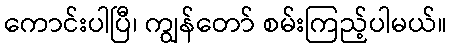
ကောင်းပါပြီ၊ ကျွန်တော် စမ်းကြည့်ပါမယ်။